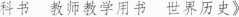
科书教师教学用书世界历史》